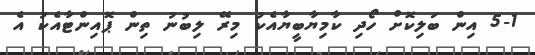
5-1 އިން ބަލިކޮށް ހޯދި ކާމިޔާބީޔާއެކު މިރޭ ލިބުނު ތިން ޕޮއިންޓާއެކު އެ